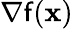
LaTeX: \nabla\mathsf{f}(\mathbf{{x}})